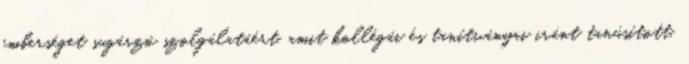
emberséget sugárzó szolgálatáért, amit kollégái és tanítványai iránt tanúsított.